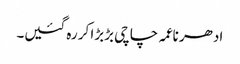
ادھر ناعمہ چاچی بڑبڑا کر رہ گئیں۔